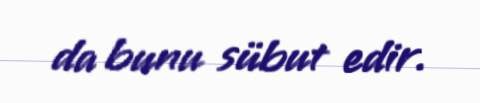
da bunu sübut edir.